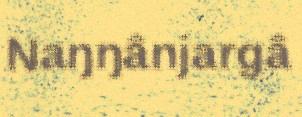
Naŋŋânjargâ